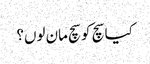
کیا سچ کو سچ مان لوں؟